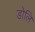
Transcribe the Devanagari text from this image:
डोलि